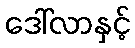
ဒေါ်လာနှင့်